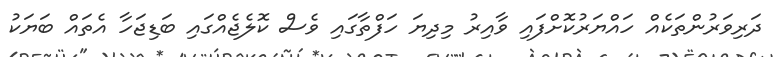
ދަރިވަރުންތަކެއް ހައްޔަރުކޮށްފައި ވާއިރު މިދިޔަ ހަފްތާގައި ވެސް ކޮލެޖެއްގައި ބަޑިޖަހާ އެތައް ބަޔަކު